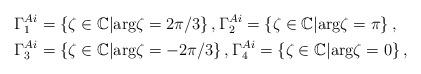
LaTeX: \begin{align*} &\Gamma^{Ai}_1=\left\{\zeta\in\mathbb{C}\vert \textnormal{arg}\zeta=2\pi/3\right\}, \Gamma^{Ai}_2=\left\{\zeta\in\mathbb{C}\vert \textnormal{arg}\zeta=\pi\right\}, \\ &\Gamma^{Ai}_3=\left\{\zeta\in\mathbb{C}\vert \textnormal{arg}\zeta=-2\pi/3\right\}, \Gamma^{Ai}_4=\left\{\zeta\in\mathbb{C}\vert \textnormal{arg}\zeta=0\right\},\end{align*}